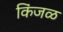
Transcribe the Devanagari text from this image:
किंजळ